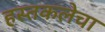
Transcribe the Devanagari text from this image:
हस्तकलेचा